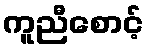
ကူညီစောင့်